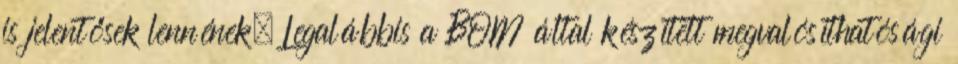
is jelentősek lennének. Legalábbis a BOM által készített megvalósíthatósági